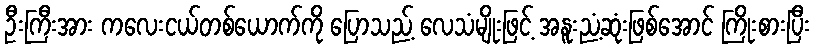
ဦးကြီးအား ကလေးငယ်တစ်ယောက်ကို ပြောသည့် လေသံမျိုးဖြင့် အနူးညံ့ဆုံးဖြစ်အောင် ကြိုးစားပြီး